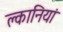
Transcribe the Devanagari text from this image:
क्लानियां